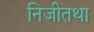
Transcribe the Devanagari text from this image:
निजीतथा